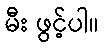
မီး ဖွင့်ပါ။